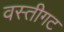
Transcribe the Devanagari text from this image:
वस्तीगट